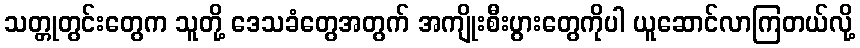
သတ္တုတွင်းတွေက သူတို့ ဒေသခံတွေအတွက် အကျိုးစီးပွားတွေကိုပါ ယူဆောင်လာကြတယ်လို့